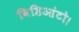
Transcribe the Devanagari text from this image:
विडिआंटो।